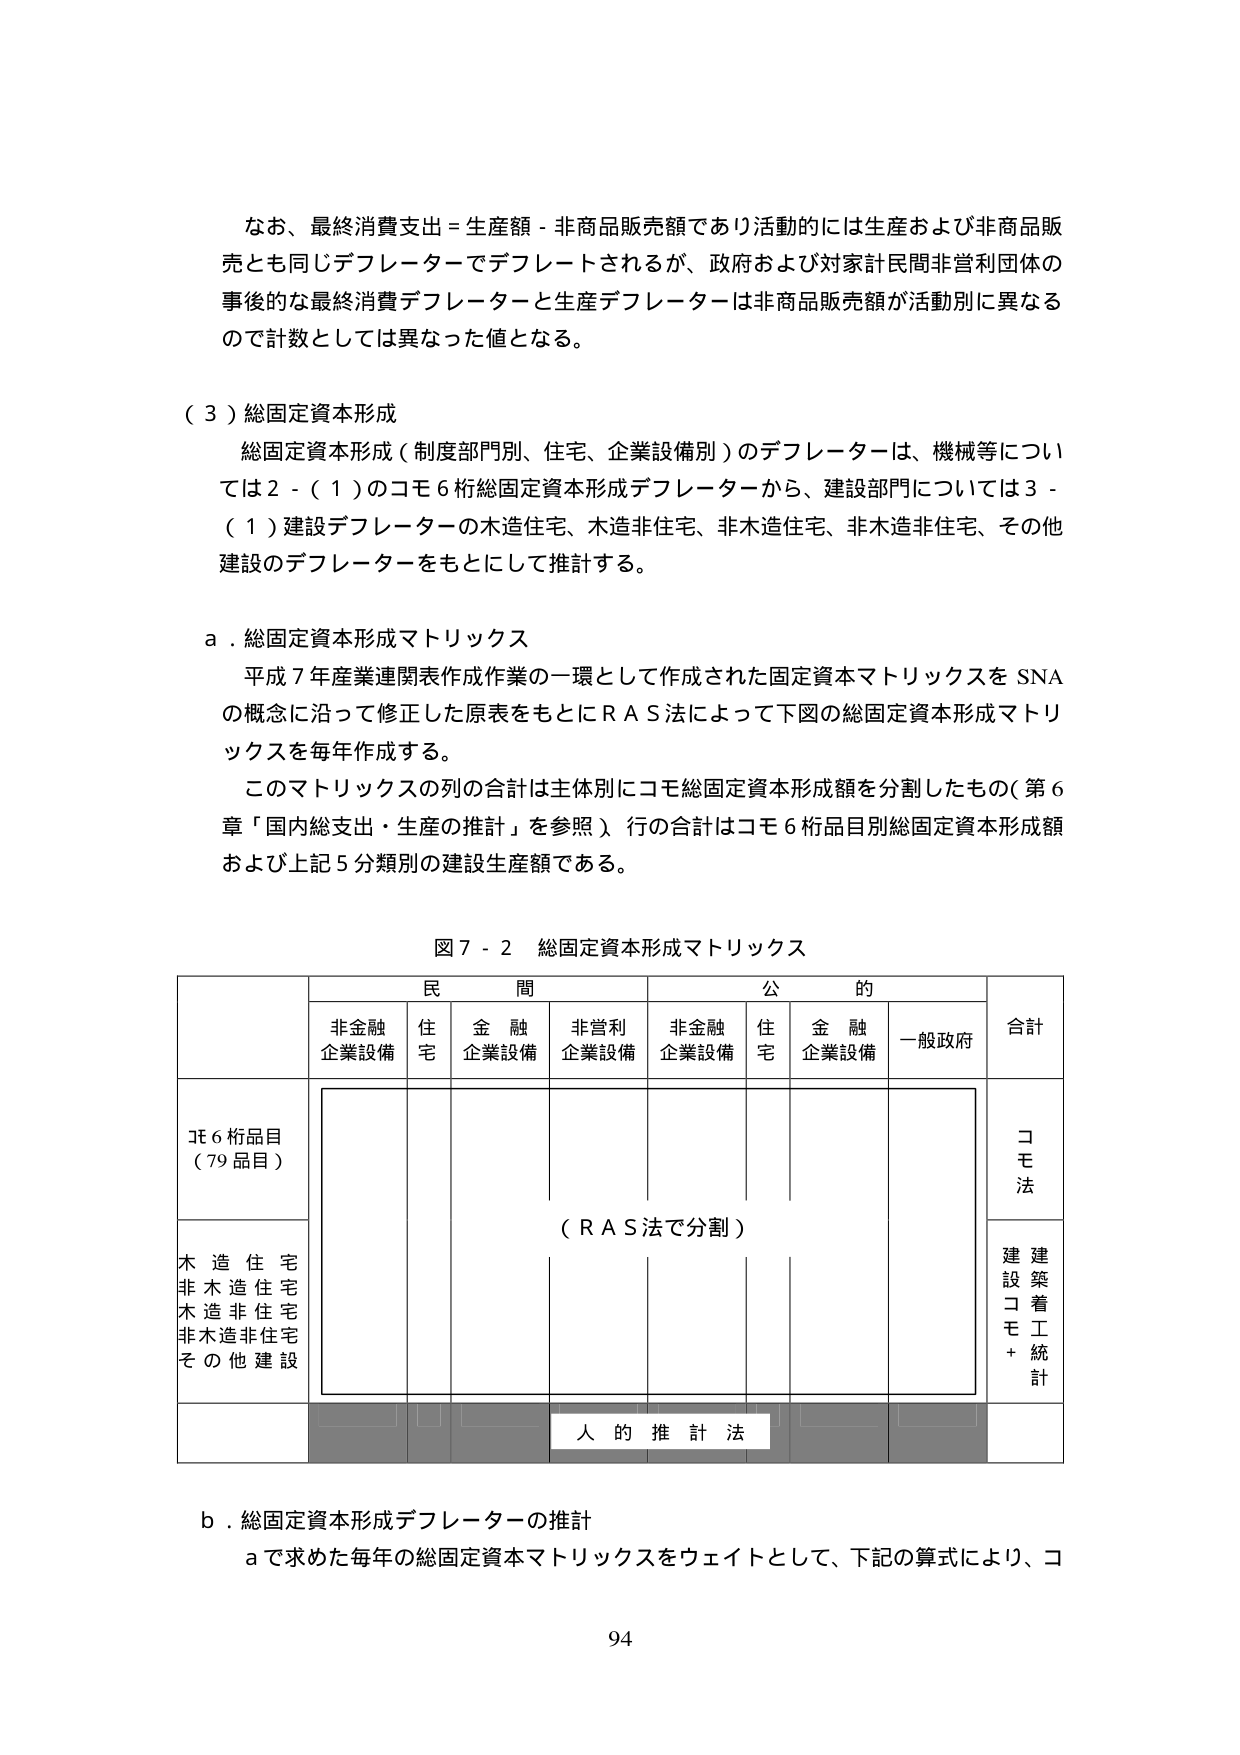
なお、最終消費支出 = 生産額 - 非商品販売額であり活動的には生産および非商品販売とも同じデフレーターでデフレートされるが、政府および対家計民間非営利団体の事後のな最終消費デフレーターと生産デフレーターは非商品販売額が活動別に異なるので計数としては異なった値となる。

（３）総固定資本形成
　総固定資本形成（制度部門別、住宅、企業設備別）のデフレーターは、機械等については２－（１）のコモ６桁総固定資本形成デフレーターから、建設部門については３－（１）建設デフレーターの木造住宅、木造非住宅、非木造住宅、非木造非住宅、その他建設のデフレーターをもとにして推計する。

ａ．総固定資本形成マトリックス
　平成７年産業連関表作成作業の一環として作成された固定資本マトリックスをＳＮＡの概念に沿って修正した原表をもとにＲＡＳ法によって下図の総固定資本形成マトリックスを毎年作成する。
　このマトリックスの列の合計は主体別にコモ総固定資本形成額を分割したもの（第６章「国内総支出・生産の推計」を参照）行の合計はコモ６桁品目別総固定資本形成額および上記５分類別の建設生産額である。

図７－２　総固定資本形成マトリックス

　　　　　　　　　　　　民　　　　間　　　　　　　　　　　　公　　　　的
　　　　　　　　　　非金融　　　住　　　　金　融　　　非営利　　　非金融　　　住　　　　金　融　　　一般政府　　　合計
　　　　　　　　　　企業設備　　宅　　　　企業設備　　企業設備　　企業設備　　宅　　　　企業設備
コモ６桁品目
（７９品目）